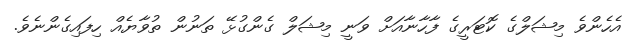
އެހެންވެ މިޝަލްގެ ކޮޓަރީގެ ފާހާނާއަށް ވަނީ މިޝަލް ގެންގުޅޭ ތަނުން ތުވާޔެއް ހިފައިގެންނެވެ.